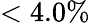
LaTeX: <4.0\%